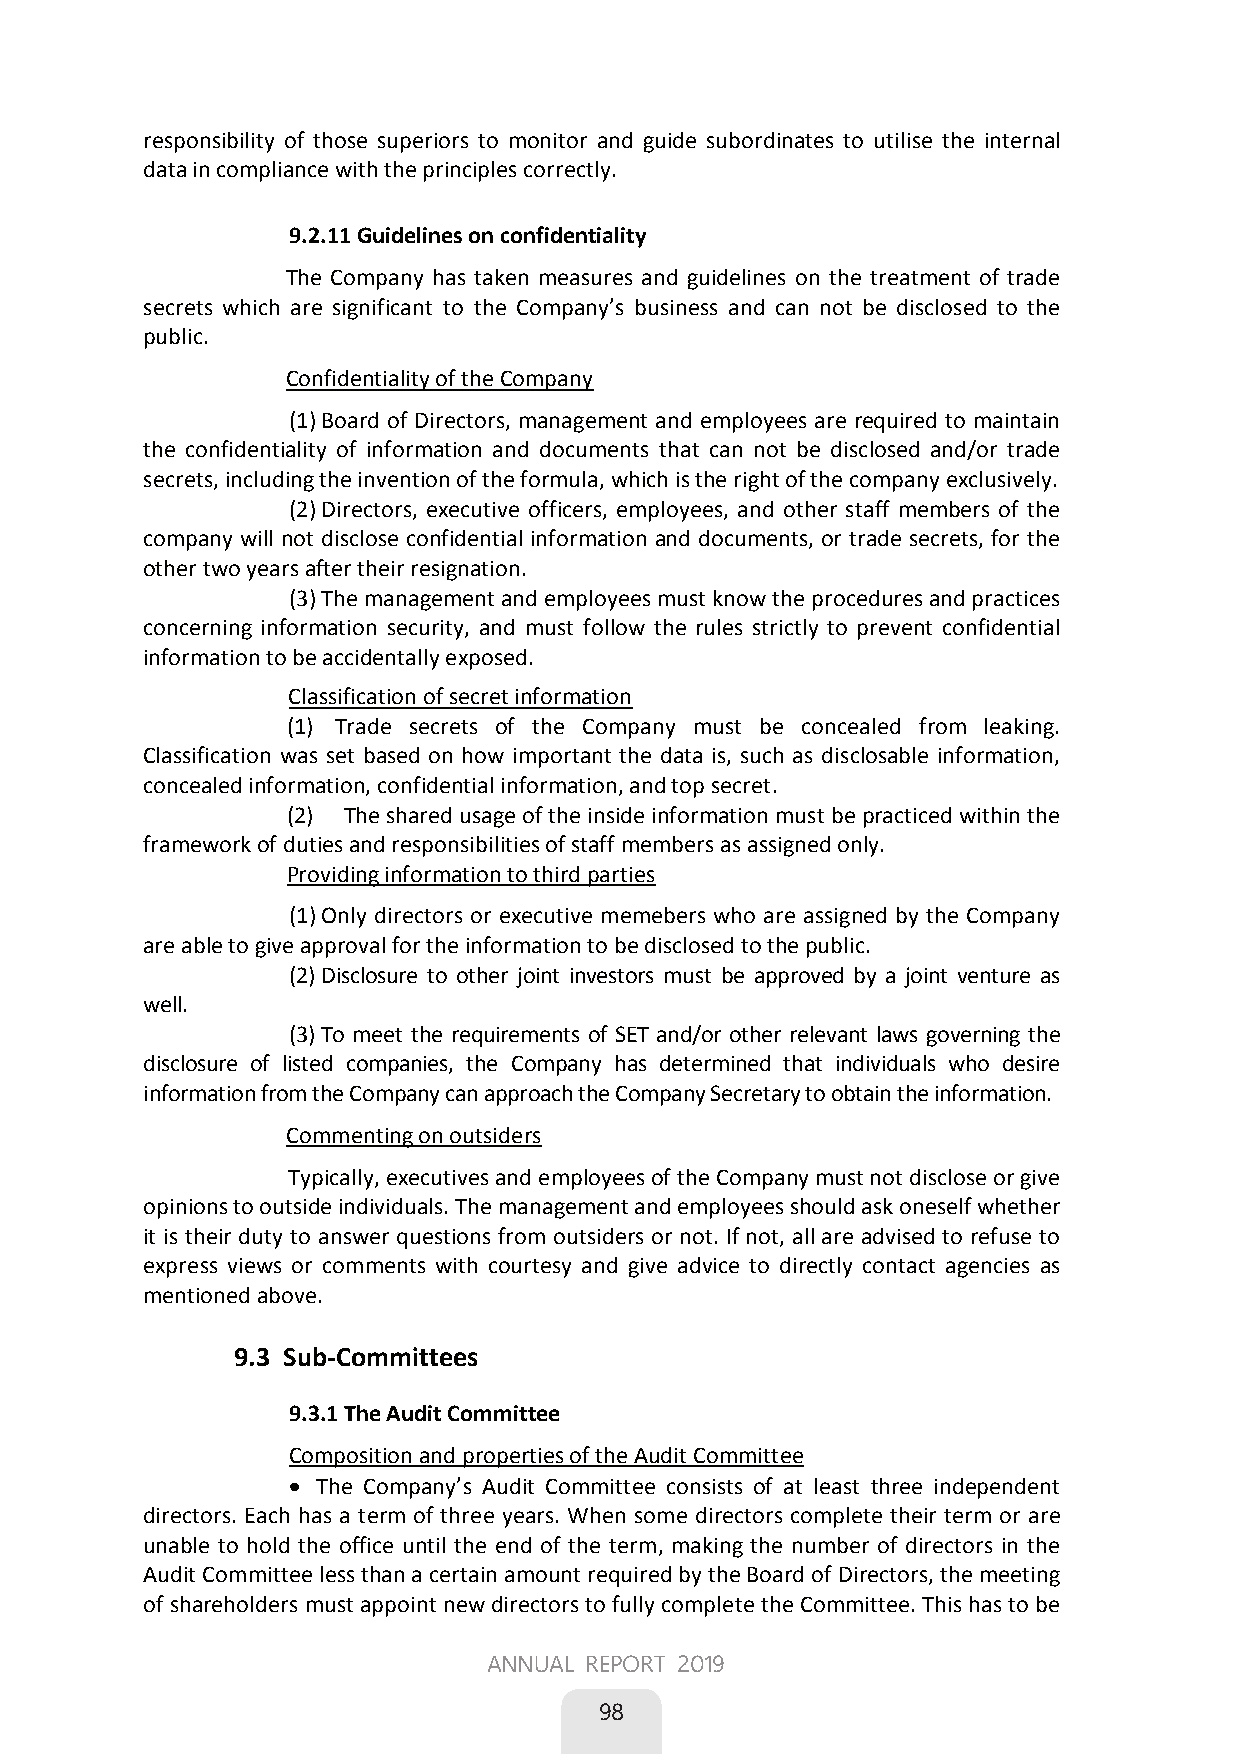
responsibility of those superiors to monitor and guide subordinates to utilise the internal
 data in compliance with the principles correctly.
 9.2.11 Guidelines on confidentiality
 The Company has taken measures and guidelines on the treatment of trade
 secrets which are significant to the Company’s business and can not be disclosed to the
 public.
 Confidentiality of the Company
 (1) Board of Directors, management and employees are required to maintain
 the confidentiality of information and documents that can not be disclosed and/or trade
 secrets, including the invention of the formula, which is the right of the company exclusively.
 (2) Directors, executive officers, employees, and other staff members of the
 company will not disclose confidential information and documents, or trade secrets, for the
 other two years after their resignation.
 (3) The management and employees must know the procedures and practices
 concerning information security, and must follow the rules strictly to prevent confidential
 information to be accidentally exposed.
 Classification of secret information
 (1) Trade secrets of the Company must be concealed from leaking.
 Classification was set based on how important the data is, such as disclosable information,
 concealed information, confidential information, and top secret.
 (2) The shared usage of the inside information must be practiced within the
 framework of duties and responsibilities of staff members as assigned only.
 Providing information to third parties
 (1) Only directors or executive memebers who are assigned by the Company
 are able to give approval for the information to be disclosed to the public.
 (2) Disclosure to other joint investors must be approved by a joint venture as
 well.
 (3) To meet the requirements of SET and/or other relevant laws governing the
 disclosure of listed companies, the Company has determined that individuals who desire
 information from the Company can approach the Company Secretary to obtain the information.
 Commenting on outsiders
 Typically, executives and employees of the Company must not disclose or give
 opinions to outside individuals. The management and employees should ask oneself whether
 it is their duty to answer questions from outsiders or not. If not, all are advised to refuse to
 express views or comments with courtesy and give advice to directly contact agencies as
 mentioned above.
       9.3 Sub-Committees
        9.3.1 The Audit Committee
 Composition and properties of the Audit Committee
  The Company’s Audit Committee consists of at least three independent
 directors. Each has a term of three years. When some directors complete their term or are
 unable to hold the office until the end of the term, making the number of directors in the
 Audit Committee less than a certain amount required by the Board of Directors, the meeting
 of shareholders must appoint new directors to fully complete the Committee. This has to be
 60
 ANNUAL REPORT 2019
 
 98